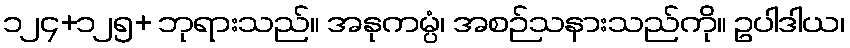
၁၂၄+၁၂၅+ ဘုရားသည်။ အနုကမ္ပံ၊ အစဉ်သနားသည်ကို။ ဥပါဒါယ၊